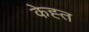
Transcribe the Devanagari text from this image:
केह्त